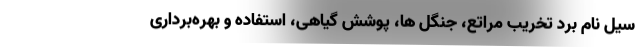
سیل نام برد تخریب مراتع، جنگل ها، پوشش گیاهی، استفاده و بهره‌برداری